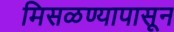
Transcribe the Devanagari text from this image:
मिसळण्यापासून